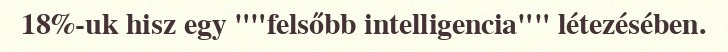
18%-uk hisz egy ""felsőbb intelligencia"" létezésében.